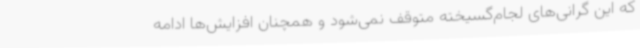
که این گرانی‌های لجام‌گسیخته متوقف نمی‌شود و همچنان افزایش‌ها ادامه